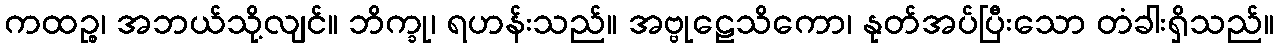
ကထဉ္စ၊ အဘယ်သို့လျင်။ ဘိက္ခု၊ ရဟန်းသည်။ အဗ္ဗုဠေသိကော၊ နုတ်အပ်ပြီးသော တံခါးရှိသည်။